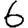
Digit: 6